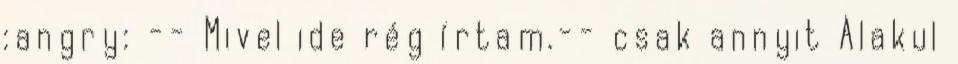
:angry: -- Mivel ide rég írtam.-- csak annyit Alakul